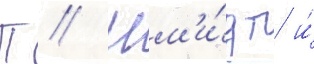
П // Шм'и́дт и́